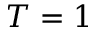
T = 1